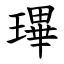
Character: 㻫